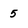
Character: 5